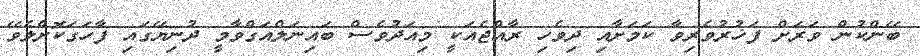
ބޭންކުން ވަރަށް ފަޚުރުވެރިވާ ކަމަށާއި ދިވެހި ރާއްޖެއަކީ މިއަދުވެސް ބައިނަލްއަގްވާމީ ދުނިޔޭގައި ފާހަގަކޮށްލެވޭ